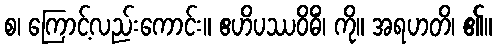
စ၊ ကြောင့်လည်းကောင်း။ ဧဟိပဿဝိဓိံ၊ ကို။ အရဟတိ၊ ၏။